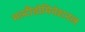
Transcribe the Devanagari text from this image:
मल्टीडोमिनेशनल